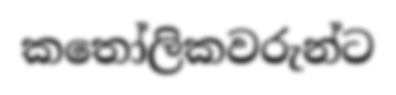
කතෝලිකවරුන්ට